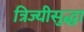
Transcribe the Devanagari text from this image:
त्रिज्यीसुद्धा